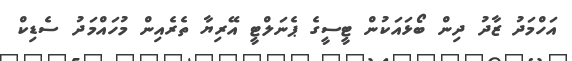
އަހްމަދު ޒާދު ދިން ބޯޅައަކުން ޓީސީގެ ޕެނަލްޓީ އޭރިޔާ ތެރެއިން މުހައްމަދު ސެޑިކް